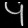
Digit: ၄